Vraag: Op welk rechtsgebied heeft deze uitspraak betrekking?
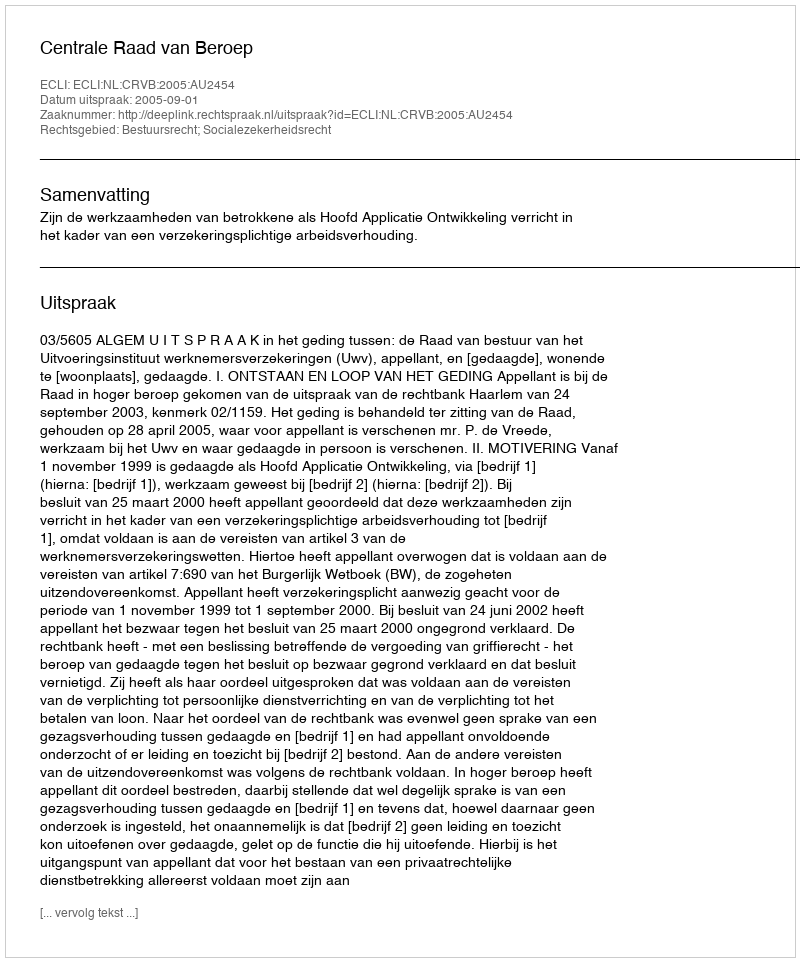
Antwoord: Bestuursrecht; Socialezekerheidsrecht